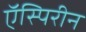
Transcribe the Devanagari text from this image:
ऍस्पिरीन